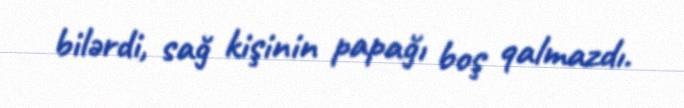
bilərdi, sağ kişinin papağı boş qalmazdı.